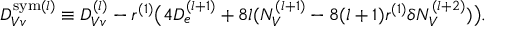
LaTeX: { \cal D } _ { V v } ^ { \mathrm { s y m } ( l ) } \equiv { \cal D } _ { V v } ^ { ( l ) } - r ^ { ( 1 ) } \bigl ( 4 { \cal D } _ { e } ^ { ( l + 1 ) } + 8 l ( { \cal N } _ { V } ^ { ( l + 1 ) } - 8 ( l + 1 ) r ^ { ( 1 ) } \delta { \cal N } _ { V } ^ { ( l + 2 ) } ) \bigr ) .